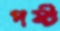
পষ্ট